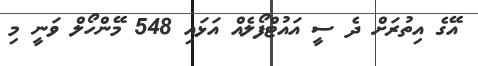
އޭގެ އިތުރަށް ދެ ސީ އައުޓްފޯލެއް އަޅައި 548 މޭންހޯލް ވަނީ މި